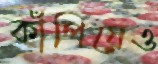
কাঁপিয়েও